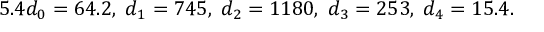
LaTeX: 5 . 4 d _ { 0 } = 6 4 . 2 , \; d _ { 1 } = 7 4 5 , \; d _ { 2 } = 1 1 8 0 , \; d _ { 3 } = 2 5 3 , \; d _ { 4 } = 1 5 . 4 .